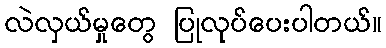
လဲလှယ်မှုတွေ ပြုလုပ်ပေးပါတယ်။